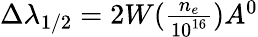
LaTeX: \begin{array}{r}{\Delta\lambda_{1/2}=2W(\frac{n_{e}}{10^{16}})A^{0}}\end{array}